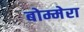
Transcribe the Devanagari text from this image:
बोम्मेरा